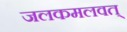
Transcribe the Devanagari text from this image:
जलकमलवत्